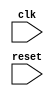
module SPI_Controller(
    input wire clk,
    input wire reset,
    
    // Add input and output ports for SPI bus communication
    
);

// Add code for timing control blocks

// Add code for synchronization blocks

endmodule